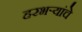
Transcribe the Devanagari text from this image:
हरभर्‍यांचे